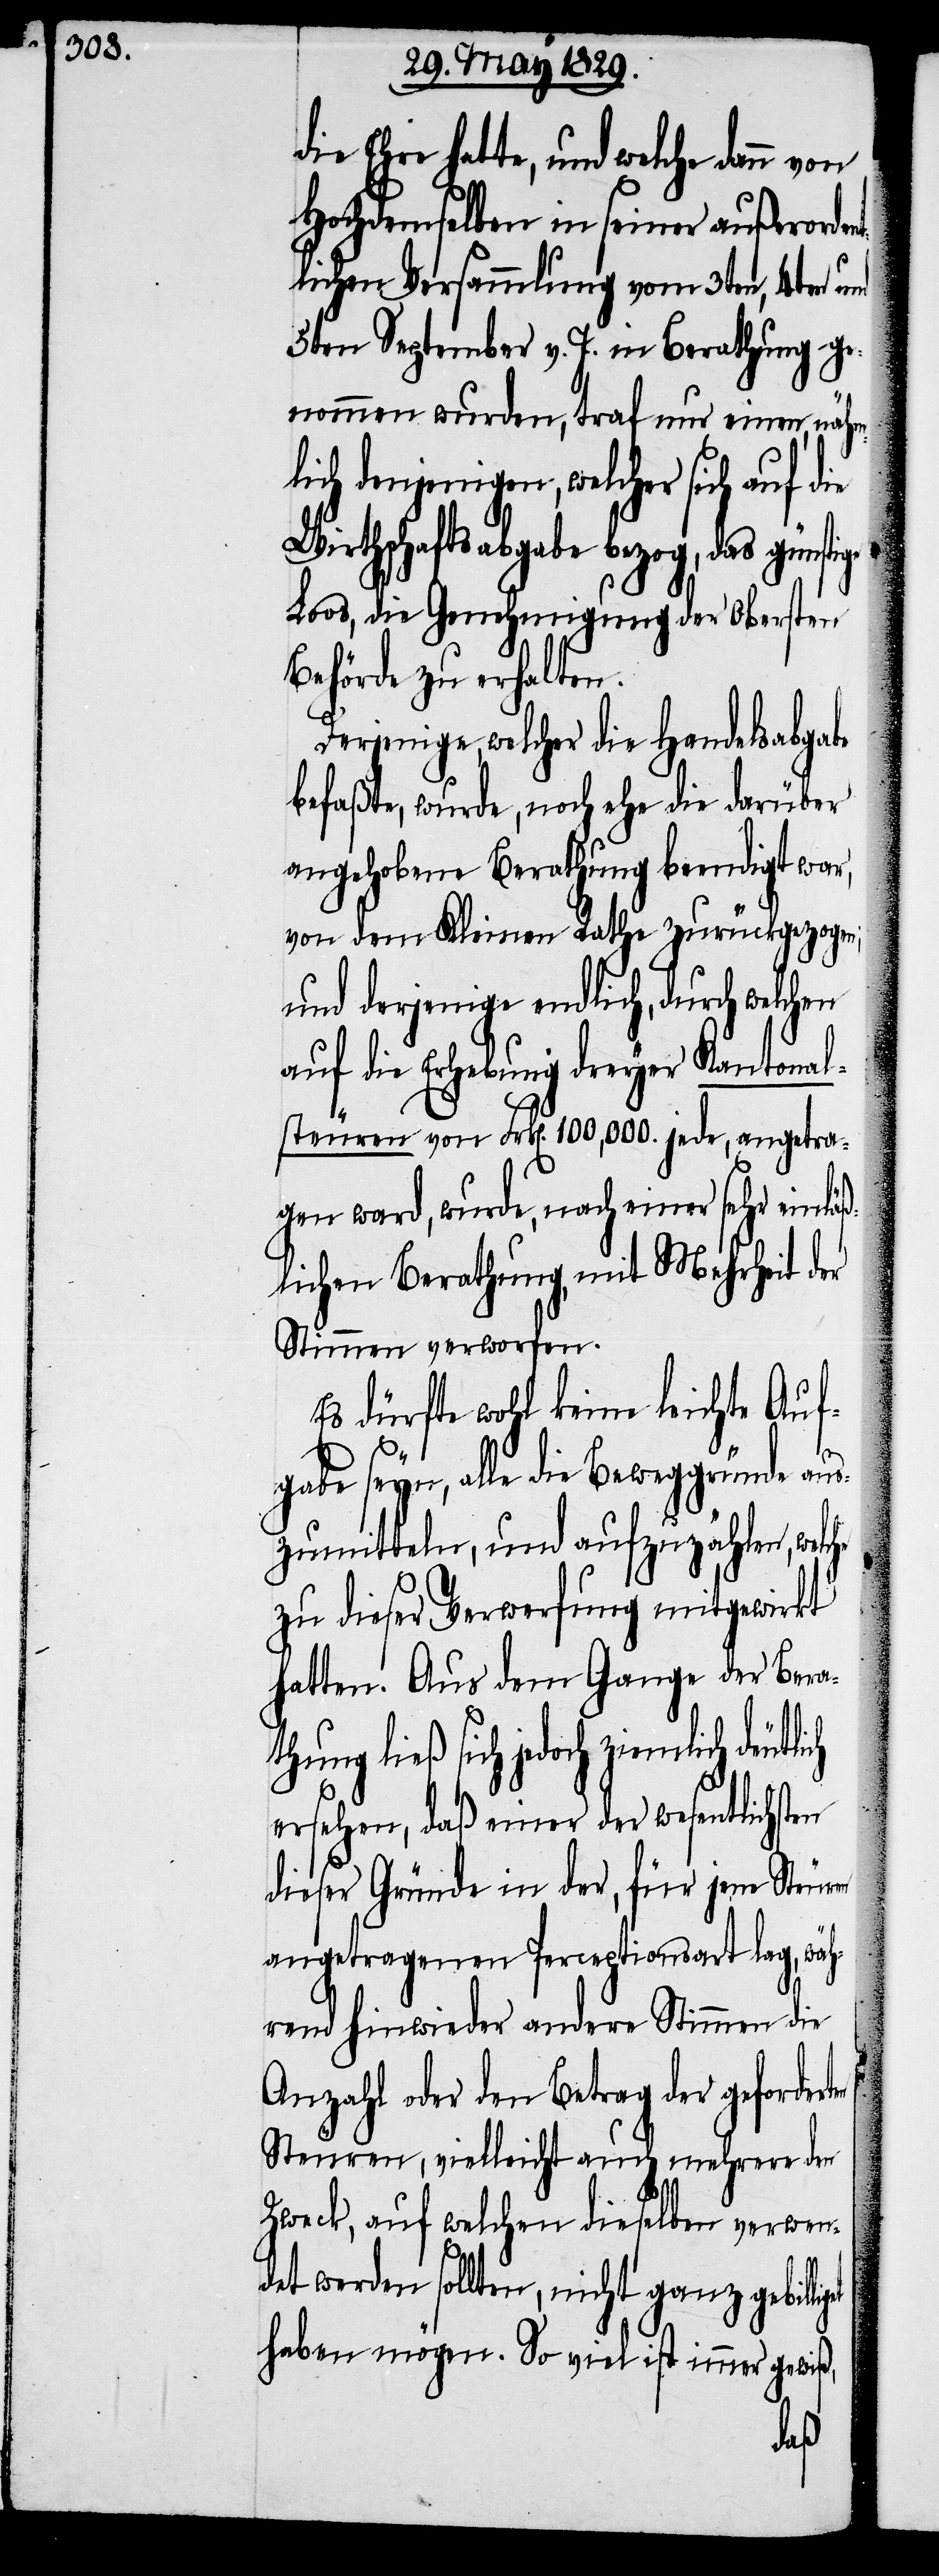
die Ehre hatte, und welche dann
Hochdemselben in seiner außerorden¬
tlichen Versammlung vom 3ten, 4ten und
5ten September v. J. in Berathung ge¬
nommen wurden, traf nur einen, nähml¬
ich denjenigen, welcher sich auf
Wirthschaftsabgabe bezog, das günst¬
Loos, die Genehmigung der Obersten
Behörde zu erhalten.
Derjenige, welcher die Handelsabgabe
befaßte, wurde, noch ehe die darüber
angehobene Berathung beendigt war,
von dem Kleinen Rathe zurückgezogen,
und derjenige endlich, durch welchen
auf die Erhebung dreyer Kantonal¬
steuren von Frk[en]. 100,000. jede, angetra¬
gen ward, wurde, nach einer sehr einläß¬
lichen Berathung mit Mehrheit der
Stimmen verworfen.
Es dürfte wohl keine leichte Auf¬
gabe seyn, alle die Beweggründe aus¬
zumitteln, und aufzuzählen, welche
zu dieser Verwerfung mitgewirkt
hatten. Aus dem Gange der Bera¬
thung ließ sich jedoch ziemlich
ersehen, daß einer der wesentlichsten
dieser Gründe in der, für jene Steuren
angetragenen Perceptionsart lag, wäh¬
rend hinwieder andere Stimmen die
Anzahl oder den Betrag der gefordert¬
Steuren, vielleicht auch mehrere den
Zweck, auf welchen dieselben verwen¬
det werden sollten, nicht ganz gebil¬
haben mögen. So viel ist immer gewiß,

ligt